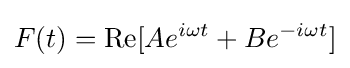
F(t)={\text{Re}}[Ae^{i\omega t}+Be^{-i\omega t}]